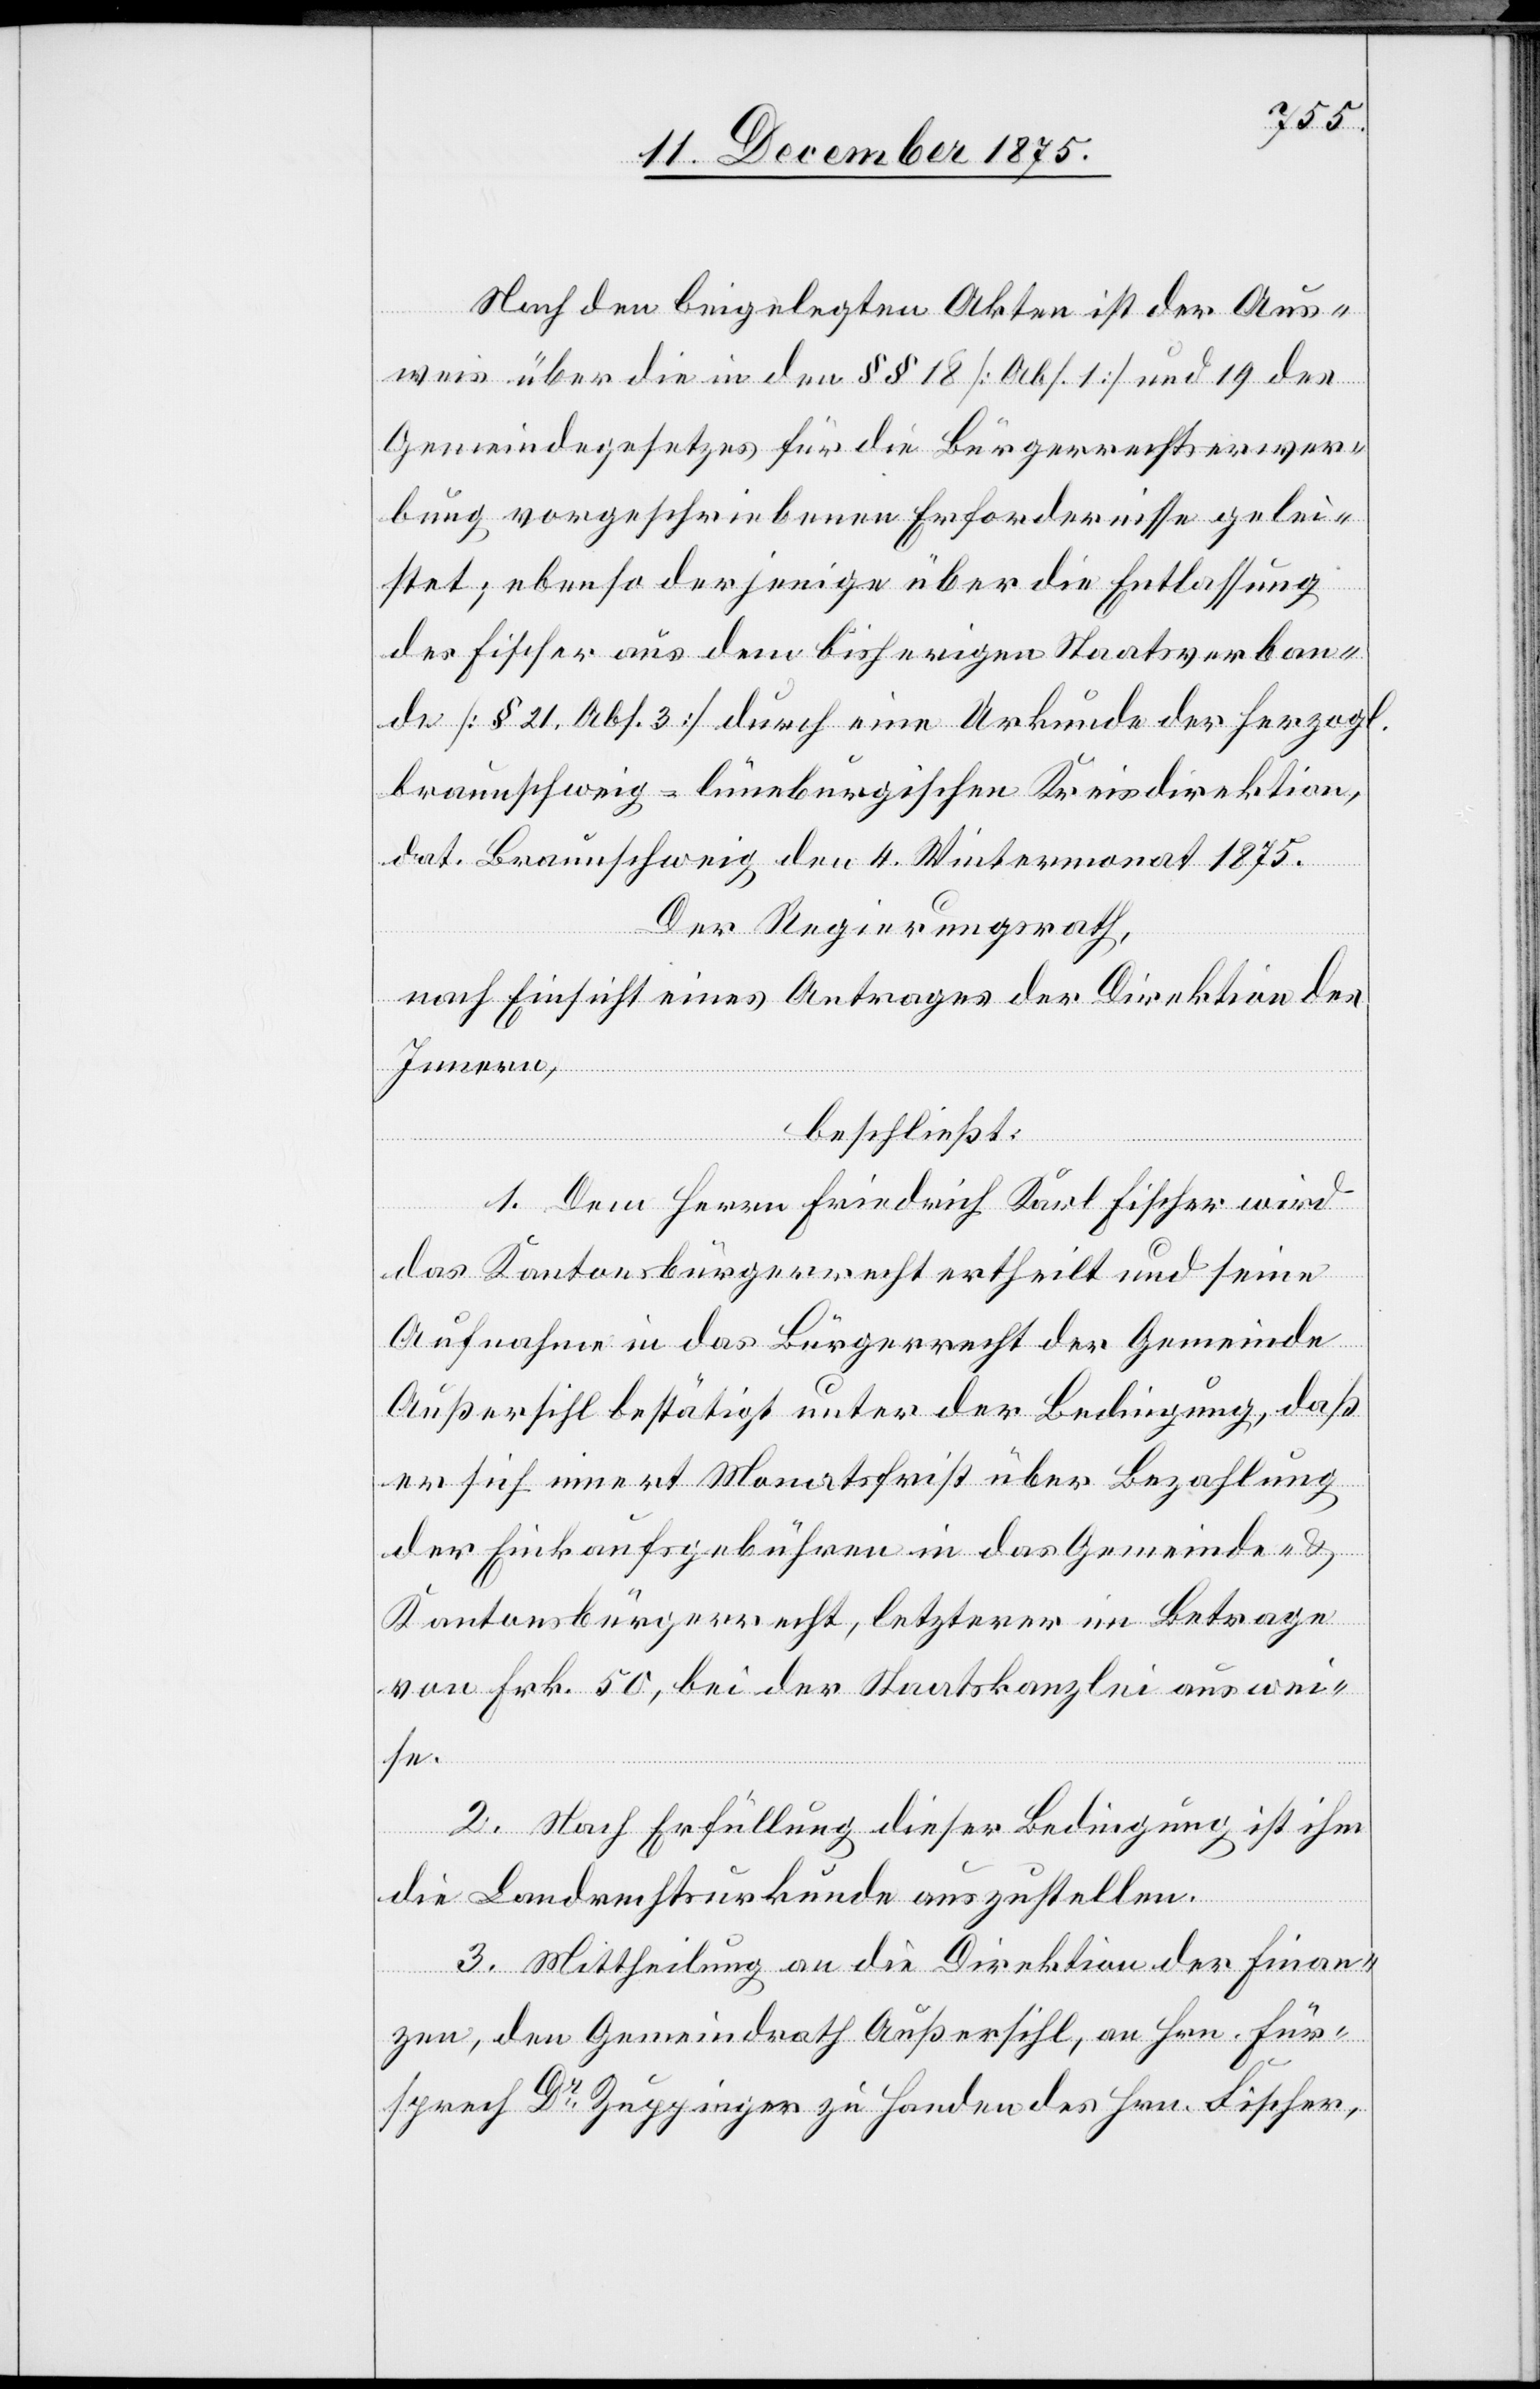
Nach den beigelegten Akten ist der Aus¬
weis über die in den §§ 18 [Abs. 1] und 19 des
Gemeindegesetzes für die Bürgerrechtserwer¬
bung vorgeschriebenen Erfordernisse gelei¬
stet; ebenso derjenige über die Entlassung
des Fischer aus dem bisherigen Staatsverban¬
de [§ 21, Abs. 3] durch eine Urkunde der herzogl.
braunschweig-lüneburgischen Kreisdirektion,
dat. Braunschweig den 4. Wintermonat 1875.
Der Regierungsrath,
nach Einsicht eines Antrages der Direktion des
Innern,
beschließt:
1. Dem Herrn Friedrich Karl Fischer wird
das Kantonsbürgerrecht ertheilt und seine
Aufnahme in das Bürgerrecht der Gemeinde
Außersihl bestätigt unter der Bedingung, daß
er sich innert Monatsfrist über Bezahlung
der Einkaufsgebühren in das Gemeinde- &
Kantonsbürgerrecht, letzterer im Betrage
von Frk. 50, bei der Staatskanzlei auswei¬
se.
2. Nach Erfüllung dieser Bedingung ist ihm
die Landrechtsurkunde auszustellen.
3. Mittheilung an die Direktion der Finan¬
zen, den Gemeindrath Außersihl, an Hrn. Für¬
sprech Dr Zuppinger zu Handen des Hrn. Fischer,